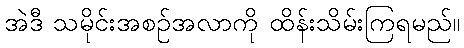
အဲဒီ သမိုင်းအစဉ်အလာကို ထိန်းသိမ်းကြရမည်။